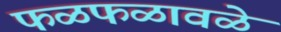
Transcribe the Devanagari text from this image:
फळफळावळे